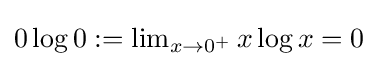
\textstyle 0\log 0:=\lim _{x\to 0^{+}}x\log x=0